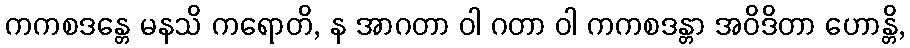
ကကစဒန္တေ မနသိ ကရောတိ, န အာဂတာ ဝါ ဂတာ ဝါ ကကစဒန္တာ အဝိဒိတာ ဟောန္တိ,